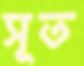
সূত